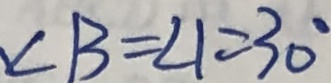
\angle B = \angle 1 = 3 0 ^ { \circ }